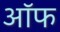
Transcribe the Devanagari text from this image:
अॉफ